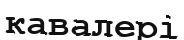
кавалері